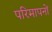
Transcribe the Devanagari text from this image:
परिमापनों